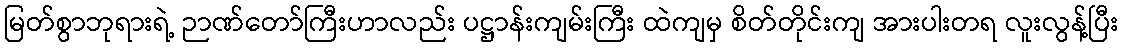
မြတ်စွာဘုရားရဲ့ ဉာဏ်တော်ကြီးဟာလည်း ပဋ္ဌာန်းကျမ်းကြီး ထဲကျမှ စိတ်တိုင်းကျ အားပါးတရ လူးလွန့်ပြီး